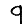
Digit: 9